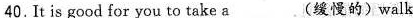
40.It is good for you to take a___(缓慢的)walk